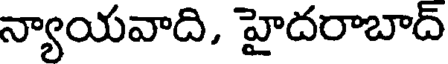
న్యాయవాది, హైదరాబాద్